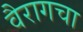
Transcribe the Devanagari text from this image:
वैरागचा